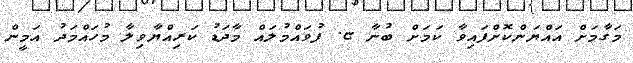
މަގާމަށް އައްޔަންކޮށްފައިވާ ކަމަށް ބުނާ ޏ. ފުވައްމުލައް މާދަޑު ކަރިއްޔާވިލާ މުހައްމަދު އަމީން